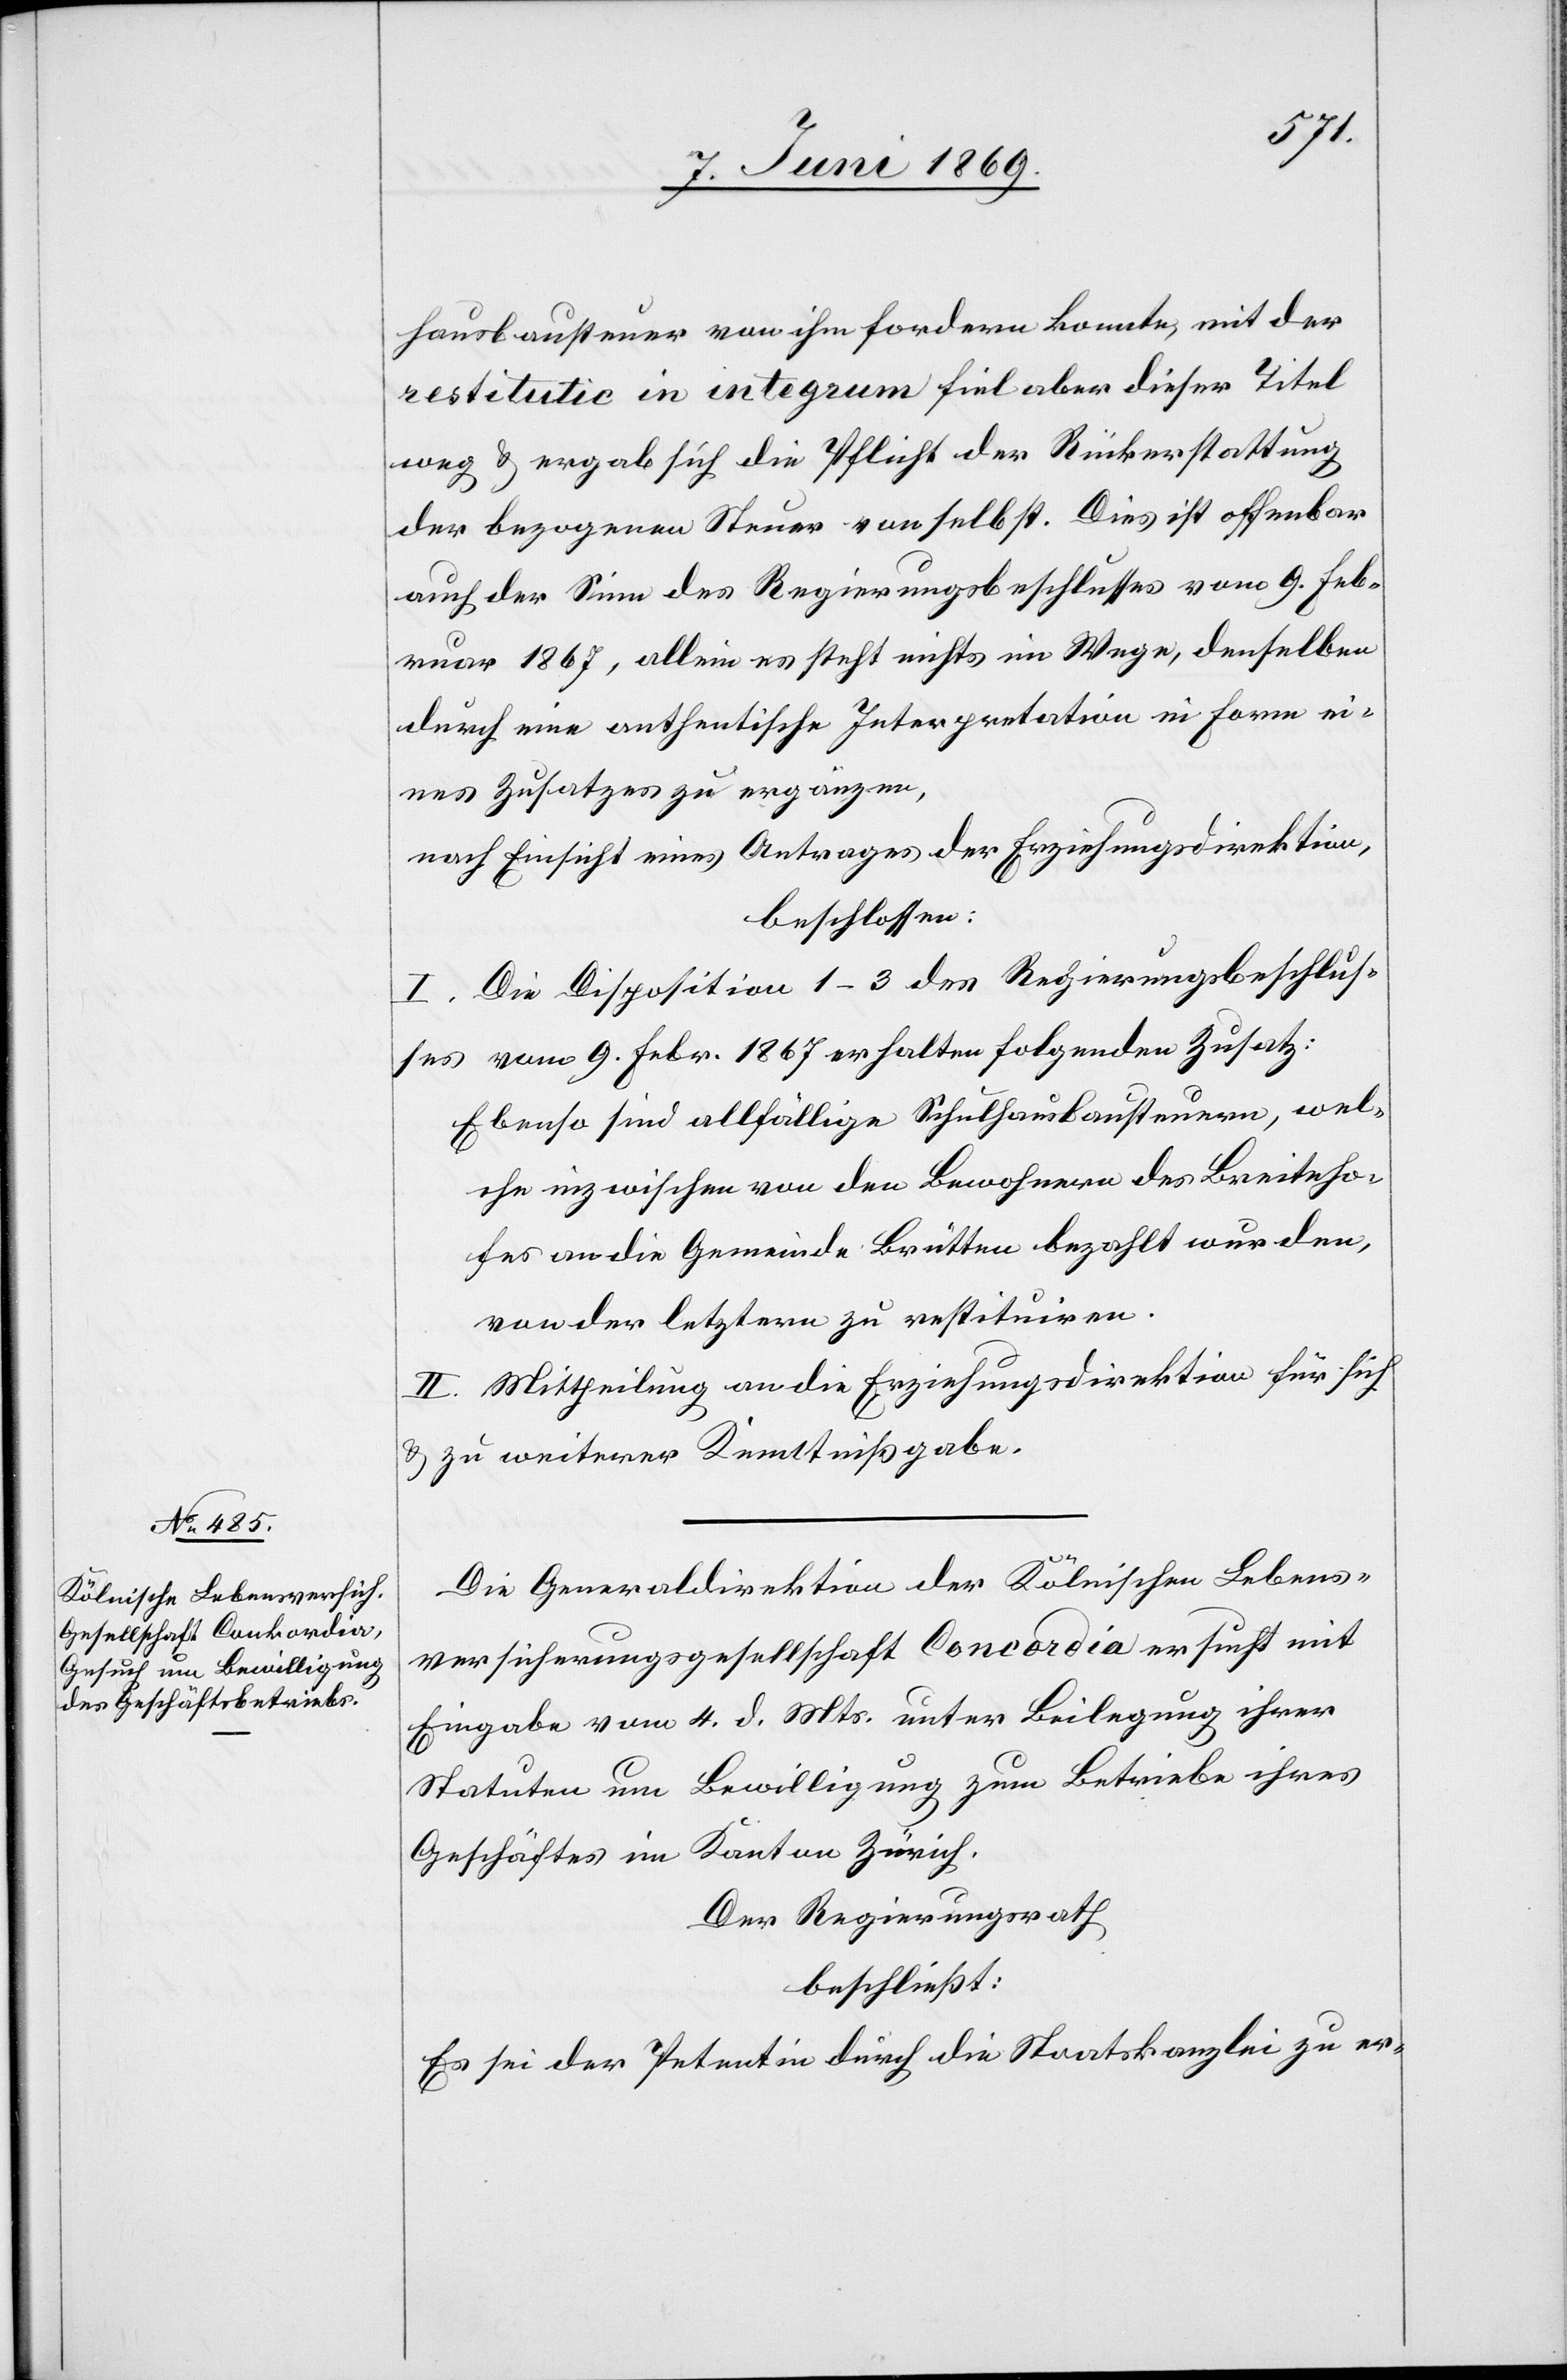
hausbausteuer von ihm fordern konnte, mit der
restitutie in integrum fiel aber dieser Titel
weg u. ergab sich die Pflicht der Rückerstattung
der bezogenen Steuer von selbst. Dies ist offenbar
auch der Sinn des Regierungsbeschlußes vom 9. Feb¬
ruar 1867, allein es steht nichts im Wege, denselben
durch eine authentische Interpretation in Form ei¬
nes Zusatzes zu ergänzen,
nach Einsicht eines Antrages der Erziehungsdirektion,
beschlossen:
I. Die Disposition 1–3 des Regierungsbeschlus¬
ses vom 9. Febr. 1867 erhalten folgenden Zusatz:
Ebenso sind allfällige Schulhausbausteuern, wel¬
che inzwischen von den Bewohnern des Breiteho¬
fes an die Gemeinde Brütten bezahlt wurden,
von der letztern zu restituiren.
II. Mittheilung an die Erziehungsdirektion für sich
u. zu weiterer Kenntnißgabe.
Die Generaldirektion der Kölnischen Lebens¬
versicherungsgesellschaft Concordia ersucht mit
Eingabe vom 4 d. Mts. unter Beilegung ihrer
Statuten um Bewilligung zum Betriebe ihres
Geschäftes im Kantons Zürich.
Der Regierungsrath
beschließt:
Es sei der Petentin durch die Staatskanzlei zu er-